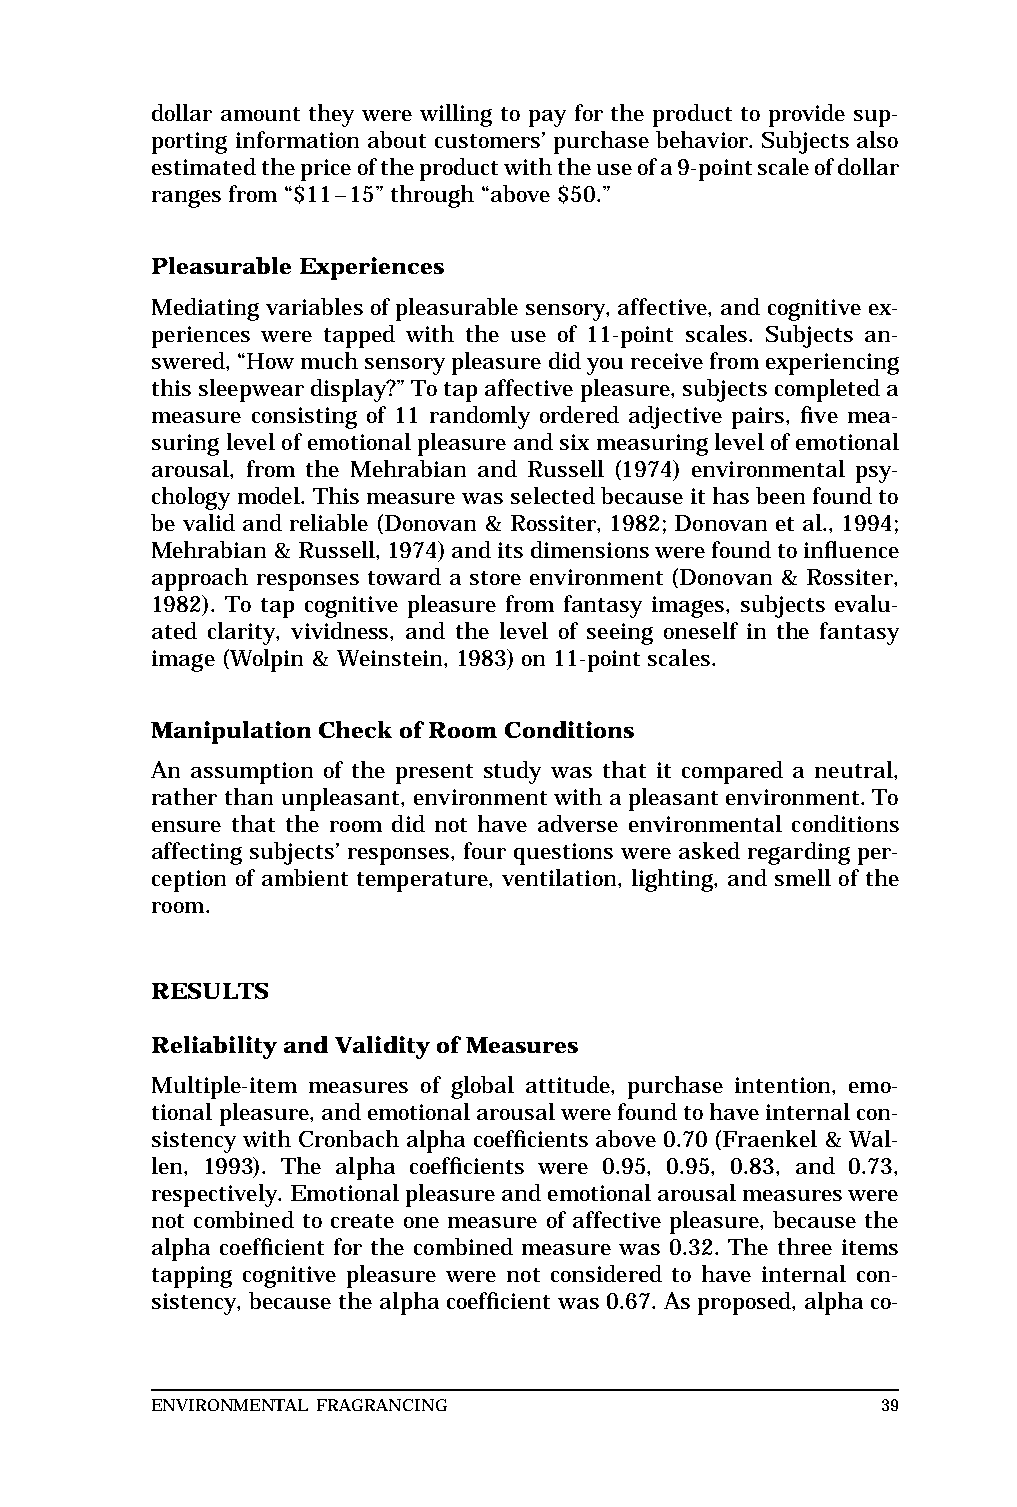
MAR  WILEJ                       RIGHT      BATCH
 Top of text
 dollar amount they were willing to pay for the product to provide sup- Base of text
 porting information about customers’ purchase behavior. Subjects also
 estimatedthepriceoftheproductwiththeuseofa9-pointscaleofdollar
 ranges from “$11–15” through “above $50.”
 Pleasurable Experiences
 Mediating variables of pleasurable sensory, affective, and cognitiveex-
 periences were tapped with the use of 11-point scales. Subjects an-
 swered,“Howmuchsensorypleasuredidyoureceivefromexperiencing
 thissleepweardisplay?”Totapaffectivepleasure,subjectscompleteda
 measure consisting of 11 randomly ordered adjective pairs, five mea-
 suringlevelofemotionalpleasureandsixmeasuringlevelofemotional
 arousal, from the Mehrabian and Russell (1974) environmental psy-
 chology model. This measure was selected because it hasbeenfoundto
 be valid and reliable (Donovan & Rossiter, 1982; Donovan et al., 1994;
 Mehrabian&Russell,1974)anditsdimensionswerefoundtoinfluence
 approach responses toward a store environment (Donovan & Rossiter,
 1982). To tap cognitive pleasure from fantasy images, subjects evalu-
 ated clarity, vividness, and the level of seeing oneself in the fantasy
 image (Wolpin & Weinstein, 1983) on 11-point scales.
 ManipulationCheck of Room Conditions
 An assumption of the present study was that it compared a neutral,
 rather than unpleasant, environment with a pleasant environment.To
 ensure that the room did not have adverse environmental conditions
 affecting subjects’ responses, four questions were asked regarding per-
 ception of ambient temperature, ventilation, lighting, and smell of the
 room.
 RESULTS
 Reliability and Validity of Measures
 Multiple-item measures of global attitude, purchase intention, emo-
 tionalpleasure,andemotionalarousalwerefoundtohaveinternalcon-
 sistency with Cronbach alpha coefficients above 0.70 (Fraenkel & Wal-
 len, 1993). The alpha coefficients were 0.95, 0.95, 0.83, and 0.73,
 respectively.Emotionalpleasureandemotionalarousalmeasureswere
 not combined to create one measure of affective pleasure, because the
 alpha coefficient for the combined measure was 0.32. The three items
 tapping cognitive pleasure were not considered to have internal con-
 sistency, because the alpha coefficient was 0.67. As proposed,alphaco- short
 standard
 ENVIRONMENTAL FRAGRANCING                       39             Base of RF